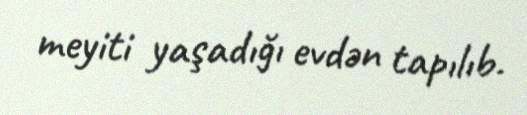
meyiti yaşadığı evdən tapılıb.